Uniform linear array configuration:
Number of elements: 4
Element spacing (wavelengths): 0.5
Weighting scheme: hamming
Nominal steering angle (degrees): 30
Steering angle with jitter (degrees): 30.664
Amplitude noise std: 0.05
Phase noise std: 0.05

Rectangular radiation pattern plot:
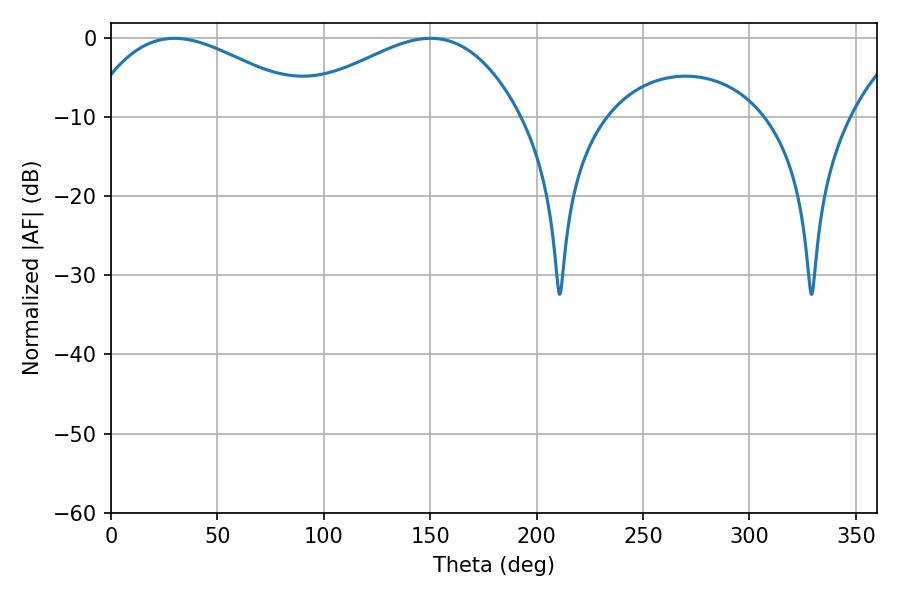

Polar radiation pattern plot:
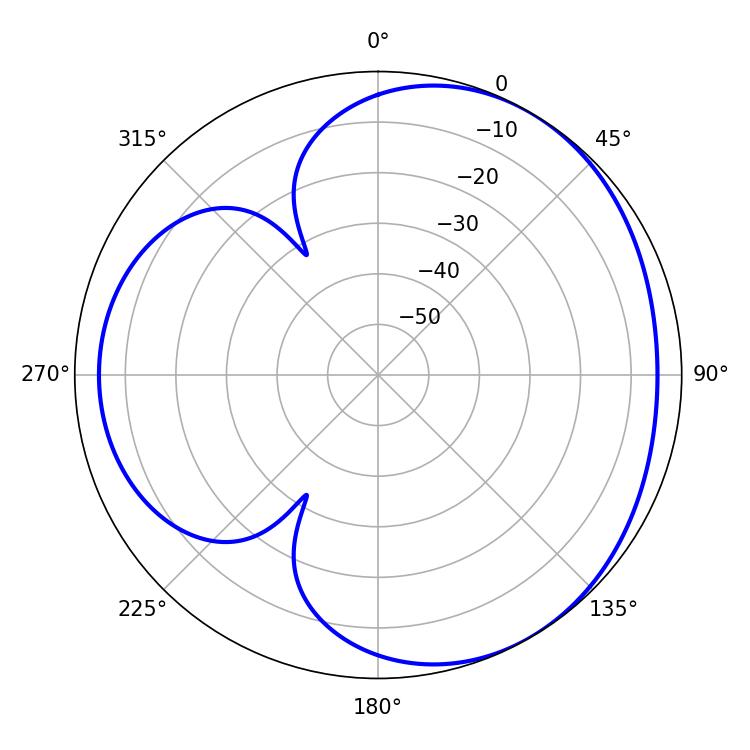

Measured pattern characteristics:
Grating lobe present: FALSE
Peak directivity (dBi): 3.554
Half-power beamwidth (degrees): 58.5
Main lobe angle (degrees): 29.88